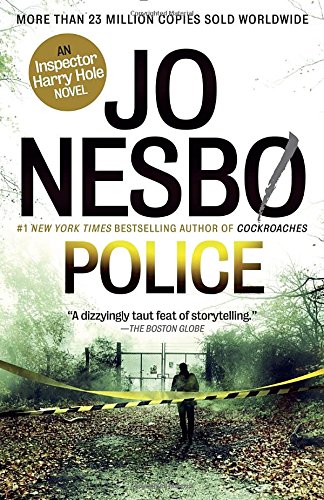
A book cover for Police: A Harry Hole Novel (10) (Harry Hole Series); Jo Nesbo; Mystery, Thriller & Suspense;